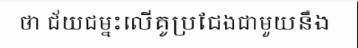
ថា ជ័យជម្នះលើគូប្រជែងជាមួយនឹង